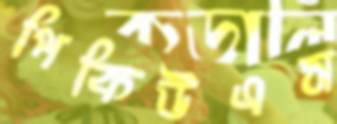
পিকিউএস